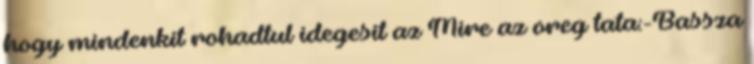
hogy mindenkit rohadtul idegesit az Mire az oreg tata:-Bassza